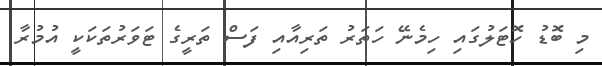
މި ބޮޑު ހޮޓަލުގައި ހިމެނޭ ހަތަރު ތަރިއާއި ފަސް ތަރީގެ ޓަވަރުތަކަކީ އުމުރާ